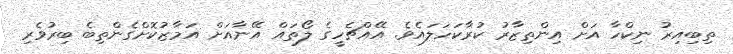
ތިބިއިރު ނިކްހާ އަށް އިންތިޒާރު ކުރާކަހަލައެވެ. އޭއްޗެހީގެ ލޯތައް އޭނާއަށް އަމާޒުކޮށްގެންތިބެ ބިރުވެރި